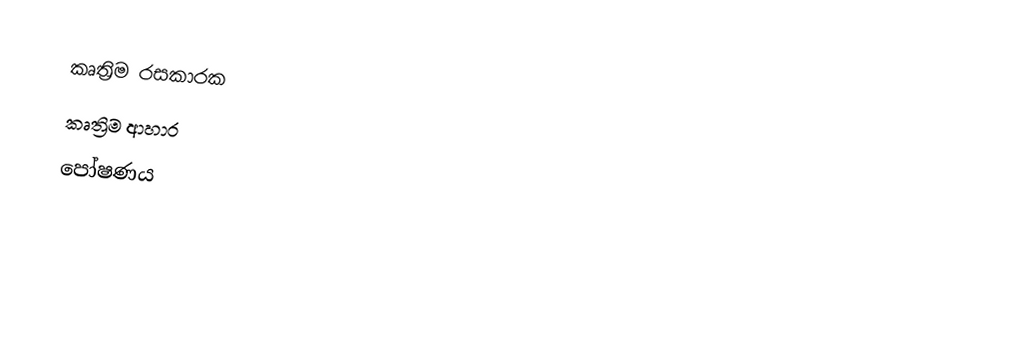
කෘත්‍රිම රසකාරක
කෘත්‍රිම ආහාර
පෝෂණය